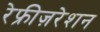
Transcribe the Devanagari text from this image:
रेफ्रीज़रेशन